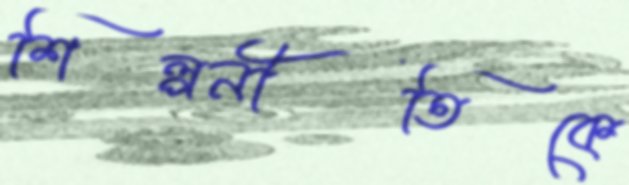
শিল্পনীতিকে